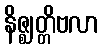
နိဇ္ဈတ္တိဗလာ